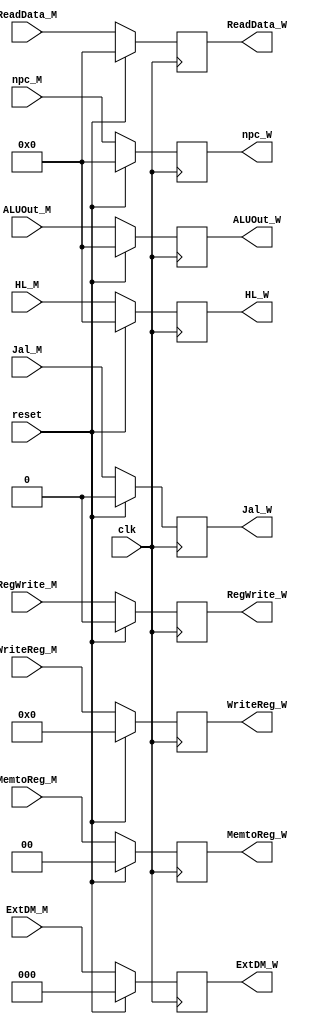
`timescale 1ns / 1ps
//////////////////////////////////////////////////////////////////////////////////
// Company: 
// Engineer: 
// 
// Design Name: 
// Module Name:    MEM_WB 
// Project Name: 
// Target Devices: 
// Tool versions: 
// Description: 
//
// Dependencies: 
//
// Revision: 
// Revision 0.01 - File Created
// Additional Comments: 
//
//////////////////////////////////////////////////////////////////////////////////
module MEM_WB(
    input clk,
    input RegWrite_M,
    input [1:0] MemtoReg_M,
    input [31:0] ReadData_M,
    input [31:0] ALUOut_M,
    input [4:0] WriteReg_M,
    output reg RegWrite_W,
    output reg [1:0] MemtoReg_W,
    output reg [31:0] ReadData_W,
    output reg [31:0] ALUOut_W,
    output reg [4:0] WriteReg_W,
	 input reset,
	 input [31:0] npc_M,
	 output reg [31:0] npc_W,
	 input Jal_M,
	 output reg Jal_W,
	 input [2:0] ExtDM_M,
	 output reg [2:0] ExtDM_W,
	 input [31:0] HL_M,
	 output reg [31:0] HL_W
    );
	always @ (posedge clk)
		if(reset)
		begin
			RegWrite_W<=0;
			MemtoReg_W<=0;
			ReadData_W<=0;
			ALUOut_W<=0;
			WriteReg_W<=0;
			npc_W<=0;
			Jal_W<=0;
			ExtDM_W<=0;
			HL_W<=0;
		end	
		else
		begin
			RegWrite_W<=RegWrite_M;
			MemtoReg_W<=MemtoReg_M;
			ReadData_W<=ReadData_M;
			ALUOut_W<=ALUOut_M;
			WriteReg_W<=WriteReg_M;
			npc_W<=npc_M;
			Jal_W<=Jal_M;
			ExtDM_W<=ExtDM_M;
			HL_W<=HL_M;
		end				
endmodule